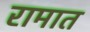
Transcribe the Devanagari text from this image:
रामात